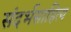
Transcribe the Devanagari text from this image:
संदर्भसाहित्य